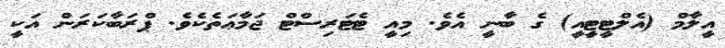
އީލާމް (އެލްޓީޓީއީ) ގެ ބާނީ އެވެ. މިއީ ޓެޓަރިސްޓް ޖަމާޢަތެކެވެ. ޕްރަބާކަރަން އަކީ